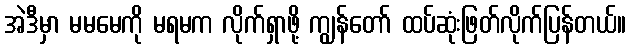
အဲဒီမှာ မမမေကို မရမက လိုက်ရှာဖို့ ကျွန်တော် ထပ်ဆုံးဖြတ်လိုက်ပြန်တယ်။